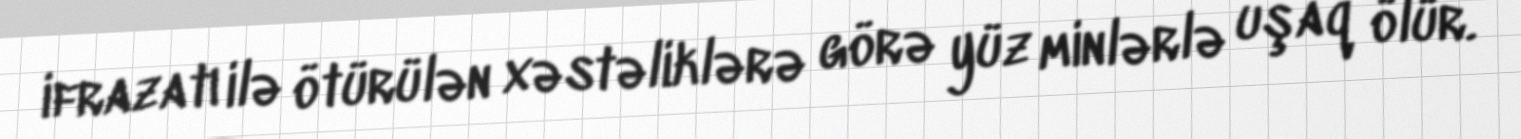
ifrazatı ilə ötürülən xəstəliklərə görə yüz minlərlə uşaq ölür.